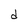
Character: d